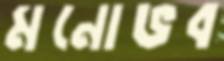
মনোভব